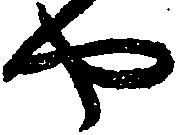
や